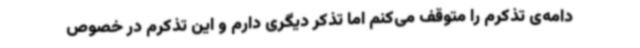
دامه‌ی تذکرم را متوقف می‌کنم اما تذکر دیگری دارم و این تذکرم در خصوص